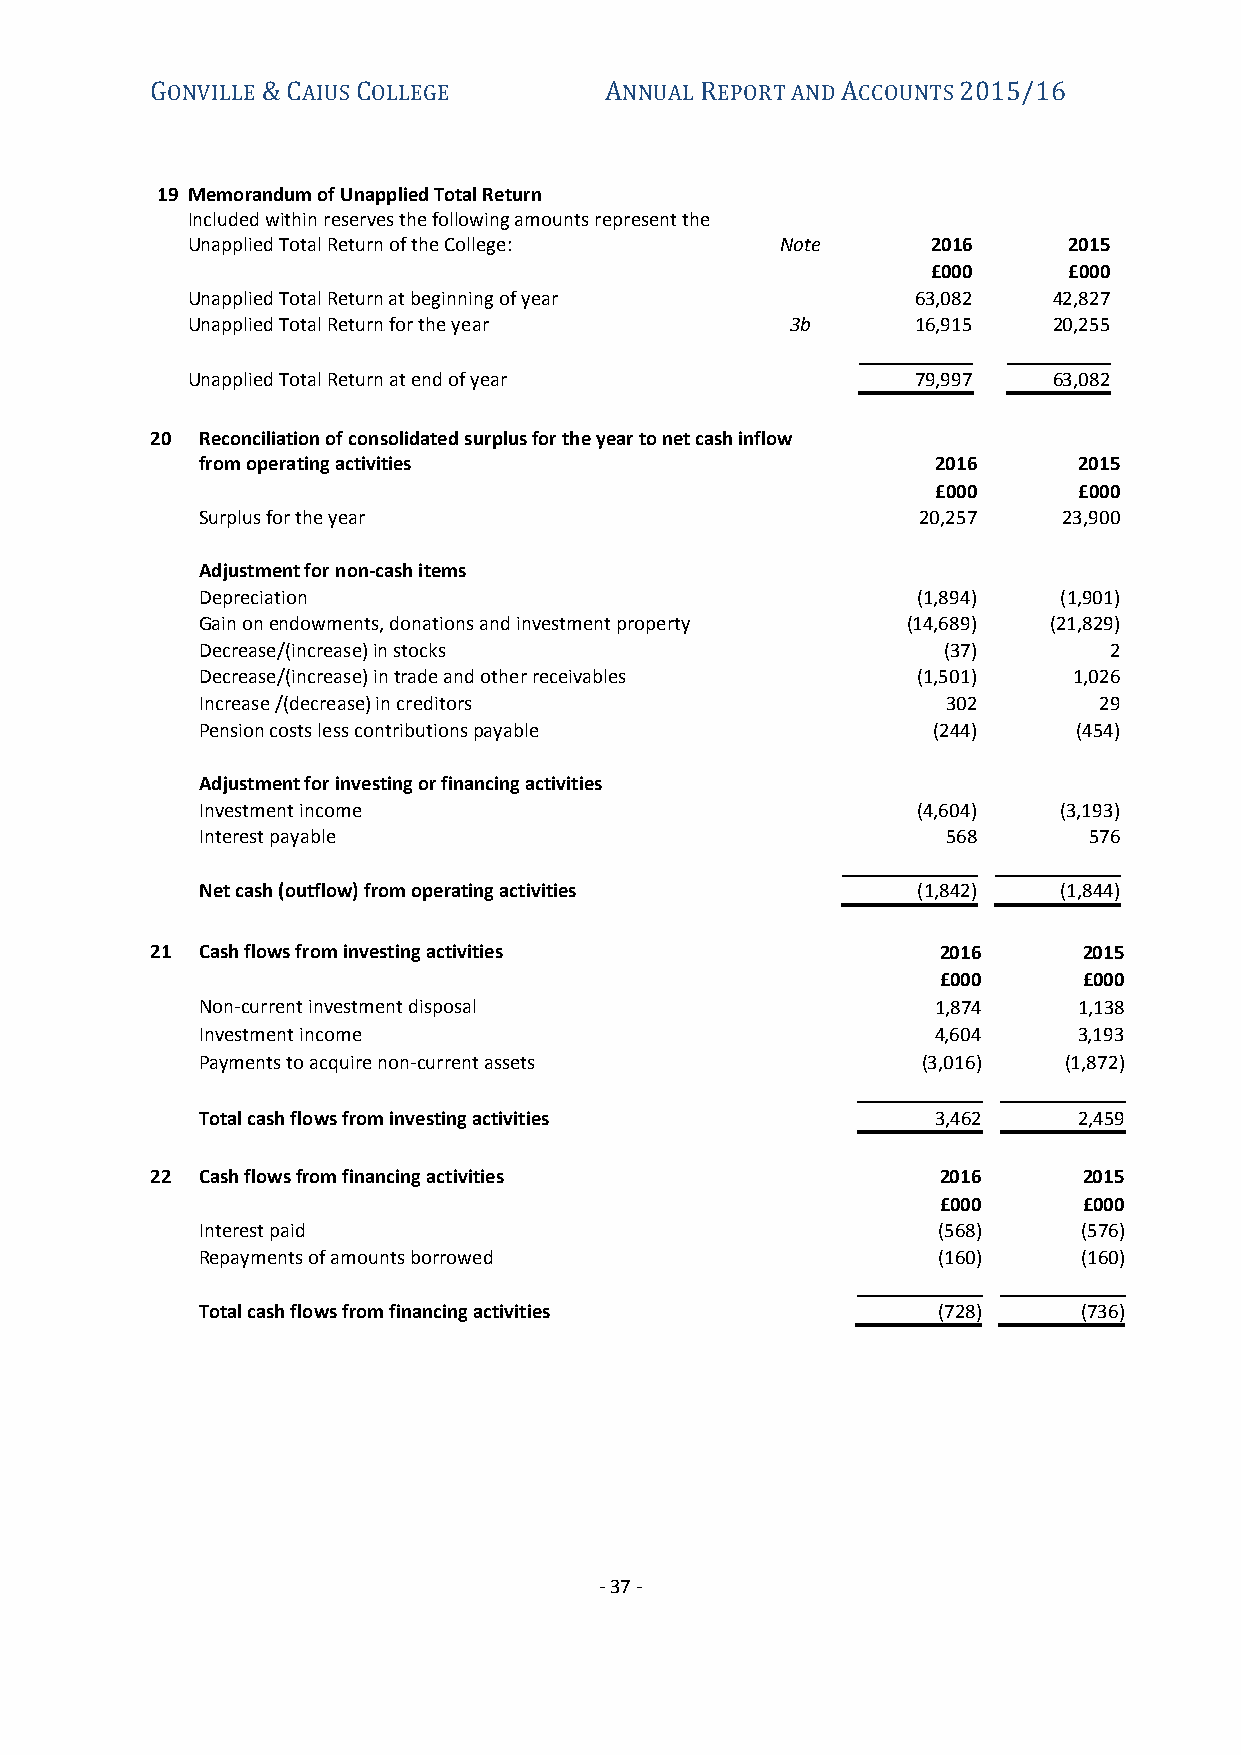
GONVILLE & CAIUS COLLEGE      ANNUAL REPORT AND ACCOUNTS 2015/16
 19 Memorandum of Unapplied Total Return
 Included within reserves the following amounts represent the
 Unapplied Total Return of the College:  Note      2016     2015
 £000     £000
 Unapplied Total Return at beginning of year      63,082   42,827
 Unapplied Total Return for the year     3b       16,915   20,255
 Unapplied Total Return at end of year            79,997   63,082
 20 Reconciliation of consolidated surplus for the year to net cash inflow
 from operating activities                        2016     2015
 £000     £000
 Surplus for the year                            20,257   23,900
 Adjustment for non-cash items
 Depreciation                                    (1,894)  (1,901)
 Gain on endowments, donations and investment property (14,689) (21,829)
 Decrease/(increase) in stocks                    (37)       2
 Decrease/(increase) in trade and other receivables (1,501) 1,026
 Increase /(decrease) in creditors                 302       29
 Pension costs less contributions payable         (244)    (454)
 Adjustment for investing or financing activities
 Investment income                               (4,604)  (3,193)
 Interest payable                                  568      576
 Net cash (outflow) from operating activities    (1,842)  (1,844)
 21 Cash flows from investing activities             2016      2015
 £000      £000
 Non-current investment disposal                  1,874    1,138
 Investment income                                4,604    3,193
 Payments to acquire non-current assets          (3,016)  (1,872)
 Total cash flows from investing activities       3,462    2,459
 22 Cash flows from financing activities             2016      2015
 £000      £000
 Interest paid                                    (568)     (576)
 Repayments of amounts borrowed                   (160)     (160)
 Total cash flows from financing activities       (728)     (736)
 - 37 -